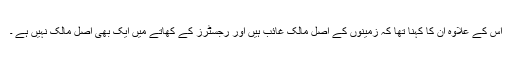
اس کے علاوہ ان کا کہنا تھا کہ زمینوں کے اصل مالک غائب ہیں اور رجسٹرز کے کھاتے میں ایک بھی اصل مالک نہیں ہے ۔